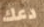
دعك